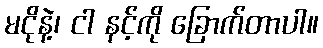
မငိုနဲ့၊ ငါ နင့်ကို ခြောက်တာပါ။